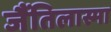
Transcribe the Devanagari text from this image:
जैंतिलास्मा